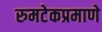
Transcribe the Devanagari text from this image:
रुमटेकप्रमाणे